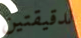
لدقيقتين